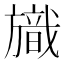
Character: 旘